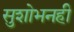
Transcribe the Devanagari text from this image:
सुशोभनही